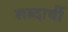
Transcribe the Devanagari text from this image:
शब्दार्थी